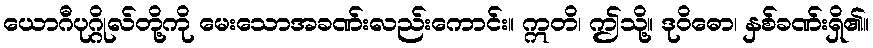
ယောဂီပုဂ္ဂိုလ်တို့ကို မေးသောအခဏ်းလည်းကောင်း။ ဣတိ၊ ဤသို့။ ဒုဝိဓော၊ နှစ်ခဏ်းရှိ၏။